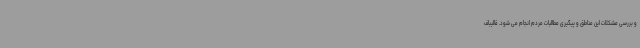
و بررسی مشکلات این مناطق و پیگیری مطالبات مردم انجام می شود. قالیباف